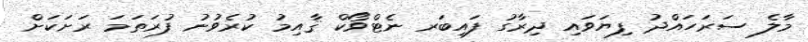
މާލެ ސަރަހައްދު ފިޔަވައި ދިރާގު ފައިބަރ ނެޓްވޯކް ޤާއިމު ކުރެވުނު ފުރަތަމަ ރަށަކަށް